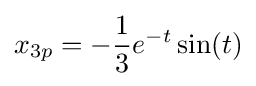
x_{3p}=-{\frac {1}{3}}e^{-t}\sin(t)